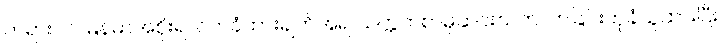
တရားဝင် မြန်မာအစိုးရလက်ခံထားချက်အရ သက္ကတစာမှဆင်းသက်လာခြင်းဟုခံယူထားပြီး